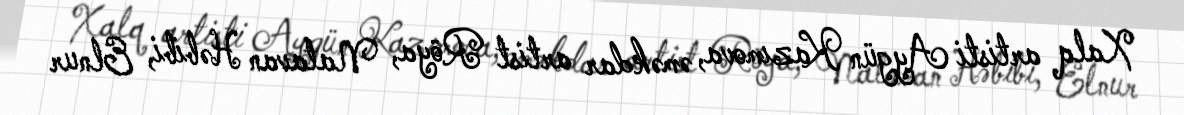
Xalq artisti Aygün Kazımova, əməkdar artist Röya, Natavan Həbibi, Elnur